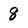
Character: 8